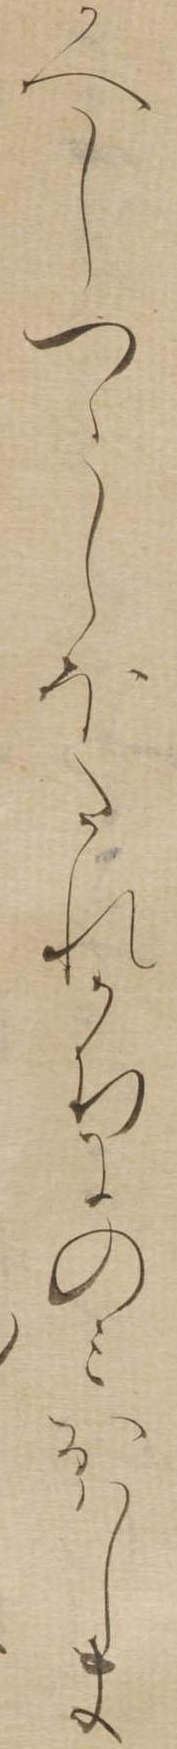
かへしつゝしほたれかちにのみおはしま